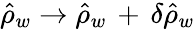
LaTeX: \hat{\rho}_{w}\to\hat{\rho}_{w}\, +\, \delta\hat{\rho}_{w}